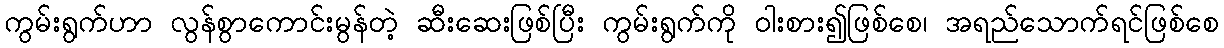
ကွမ်းရွက်ဟာ လွန်စွာကောင်းမွန်တဲ့ ဆီးဆေးဖြစ်ပြီး ကွမ်းရွက်ကို ဝါးစား၍ဖြစ်စေ၊ အရည်သောက်ရင်ဖြစ်စေ